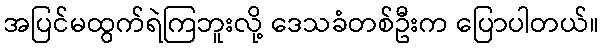
အပြင်မထွက်ရဲကြဘူးလို့ ဒေသခံတစ်ဦးက ပြောပါတယ်။